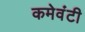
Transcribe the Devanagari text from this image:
कमेवंटी